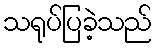
သရုပ်ပြခဲ့သည်